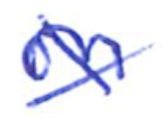
Text: on
Cross-out: cross
Writing tool: ballpoint